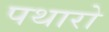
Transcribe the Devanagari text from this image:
पथारो